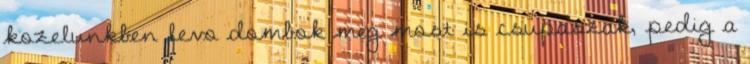
kozelunkben levo dombok meg most is csupaszak, pedig a